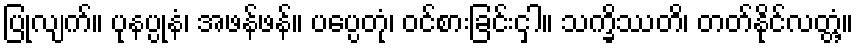
ပြုလျက်။ ပုနပ္ပုနံ၊ အဖန်ဖန်။ ပပ္ပေတုံ၊ ဝင်စားခြင်းငှါ။ သက္ခိဿတိ၊ တတ်နိုင်လတ္တံ့။